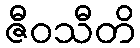
ဇီဝသီတိ